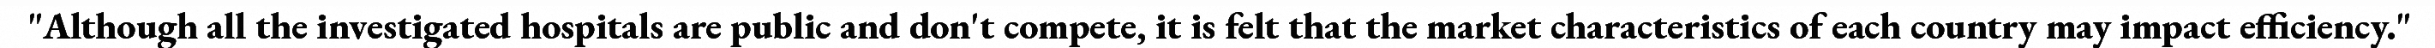
"Although all the investigated hospitals are public and don't compete, it is felt that the market characteristics of each country may impact efficiency."